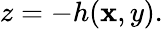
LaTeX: z=-h(\mathbf{x},y).